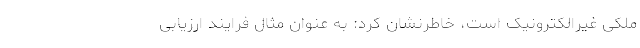
ملکی غیرالکترونیک است، خاطرنشان کرد: به عنوان مثال فرایند ارزیابی